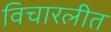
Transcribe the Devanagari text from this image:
विचारलीत